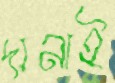
দানাই